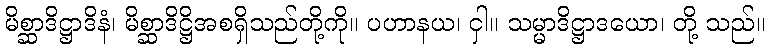
မိစ္ဆာဒိဋ္ဌာဒိနံ၊ မိစ္ဆာဒိဋ္ဌိအစရှိသည်တို့ကို။ ပဟာနယ၊ ငှါ။ သမ္မာဒိဋ္ဌာဒယော၊ တို့ သည်။